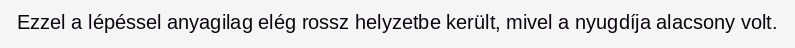
Ezzel a lépéssel anyagilag elég rossz helyzetbe került, mivel a nyugdíja alacsony volt.